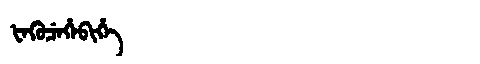
Manchu: ᡶᡝᡴᡠᠴᡝᡥᡝᠪᡳᡥᡝ
Romanization: FEKUCEHEBIHE